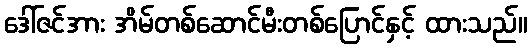
ဒေါ်ဇင်အား အိမ်တစ်ဆောင်မီးတစ်ပြောင်နှင့် ထားသည်။